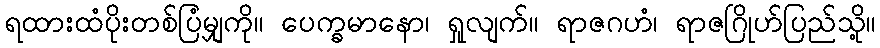
ရထားထံပိုးတစ်ပြံမျှကို။ ပေက္ခမာနော၊ ရှုလျက်။ ရာဇဂဟံ၊ ရာဇဂြိုဟ်ပြည်သို့။